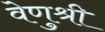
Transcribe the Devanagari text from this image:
वेणुश्री